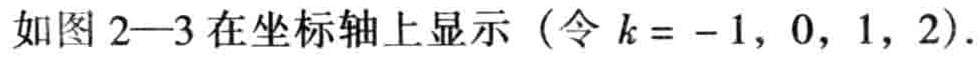
如图 2—3 在坐标轴上显示（令 \(k = -1, 0, 1, 2\)）.